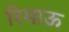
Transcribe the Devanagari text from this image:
रिमाऊ